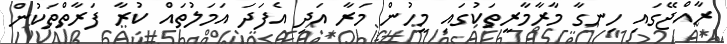
ރާއްޖޭގައި ހިނގާ މާރާމާރީތަކުގައި މީހުން މަރާ އަދި އެފަދަ އަމަލުތައް ކުރާ ފަރާތްތަކުން